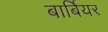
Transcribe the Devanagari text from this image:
बार्बियर